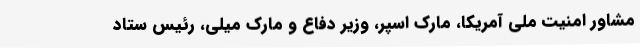
مشاور امنیت ملی آمریکا، مارک اسپر، وزیر دفاع و مارک میلی، رئیس ستاد